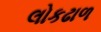
લોકઢાળ